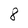
Character: 8